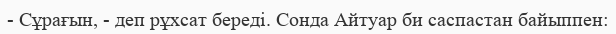
- Сұрағын, - деп рұхсат береді. Сонда Айтуар би саспастан байыппен: